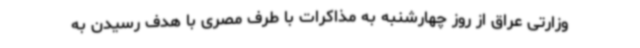
وزارتی عراق از روز چهارشنبه به مذاکرات با طرف مصری با هدف رسیدن به